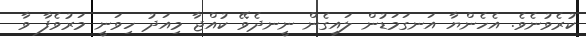
ކުރެވުނެވެ. އެހެންޔާ އަނގަމަޑުން ލައިގެން ނީނދެވޭ ކުއްޖާ މިއަދު ހިވަނީ މަރުވެފާ ވާ